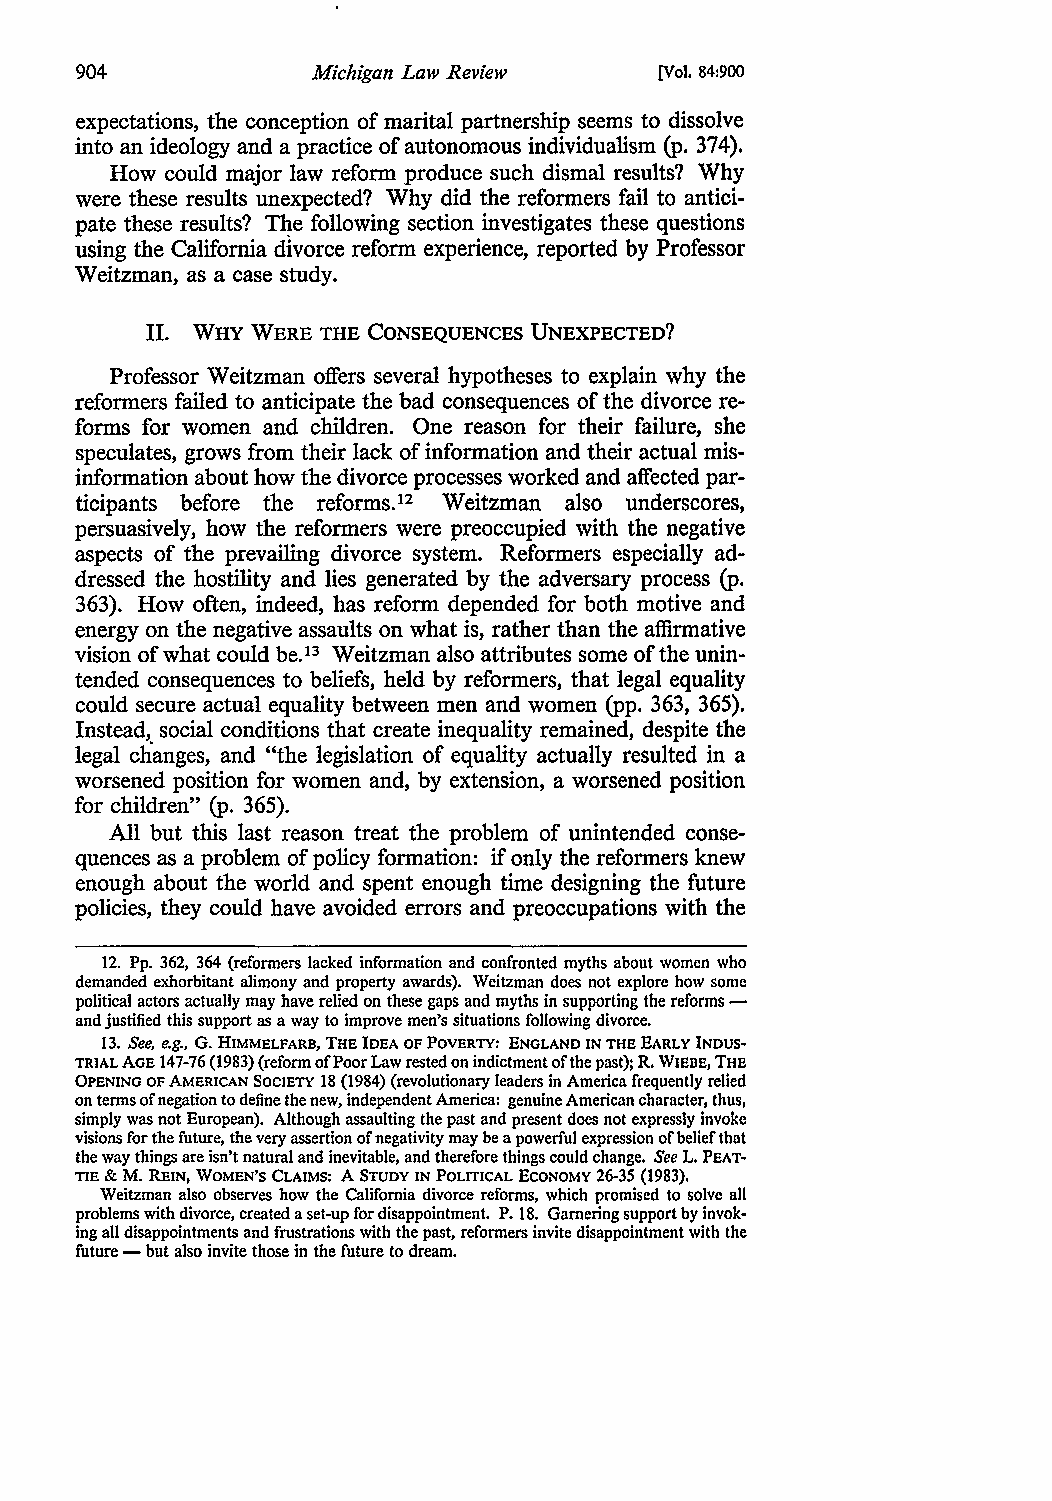
904             Michigan Law Review    [Vol. 84:900
 expectations, the conception of marital partnership seems to dissolve
 into an ideology and a practice of autonomous individualism (p. 374).
 How could major law reform produce such dismal results? Why
 were these results unexpected? Why did the reformers fail to antici
 pate these results? TI!e following section investigates these questions
 using the California divorce reform experience, reported by Professor
 Weitzman, as a case study.
 II. WHY WERE THE CONSEQUENCES UNEXPECTED?
 Professor Weitzman offers several hypotheses to explain why the
 reformers failed to anticipate the bad consequences of the divorce re
 forms for women and children. One reason for their failure, she
 speculates, grows from their lack of information and their actual mis
 information about how the divorce processes worked and affected par
 ticipants before the reforms.12 Weitzman also underscores,
 persuasively, how the reformers were preoccupied with the negative
 aspects of the prevailing divorce system. Reformers especially ad
 dressed the hostility and lies generated by the adversary process (p.
 363). How often, indeed, has reform depended for both motive and
 energy on the negative assaults on what is, rather than the affirmative
 vision of what could be.13 Weitzman also attributes some of the unin
 tended consequences to beliefs, held by reformers, that legal equality
 could secure actual equality between men and women (pp. 363, 365).
 Instead, social conditions that create inequality remained, despite the
 legal changes, and "the legislation of equality actually resulted in a
 worsened position for women and, by extension, a worsened position
 for children" (p. 365).
 All but this last reason treat the problem of unintended conse
 quences as a problem of policy formation: if only the reformers knew
 enough about the world and spent enough time designing the future
 policies, they could have avoided errors and preoccupations with the
 12. Pp. 362, 364 (reformers lacked information and confronted myths about women who
 demanded exhorbitant alimony and property awards). Weitzman does not explore how some
 political actors actually may have relied on these gaps and myths in supporting the reforms -
 and justified this support as a way to improve men's situations following divorce.
 13. See, e.g., G. HIMMELFARB, THE IDEA OF POVERTY: ENGLAND IN THE EARLY INDUS·
 TRIAL AGE 147-76 (1983) (reform of Poor Law rested on indictment of the past); R. Wll!BE, THE
 OPENING OF AMERICAN SOCIETY 18 (1984) (revolutionary leaders in America frequently relied
 on terms of negation to define the new, independent America: genuine American character, thus,
 simply was not European). Although assaulting the past and present does not expressly invoke
 visions for the future, the very assertion of negativity may be a powerful expression of belief that
 the way things are isn't natural and inevitable, and therefore things could change. See L. PEAT·
 TIE & M. REIN, WOMEN'S CLAIMS: A STUDY IN POLITICAL ECONOMY 26-35 (1983).
 Weitzman also observes how the California divorce reforms, which promised to solve all
 problems with divorce, created a set-up for disappointment. P. 18. Garnering support by invok·
 ing all disappointments and frustrations with the past, reformers invite disappointment with the
 future - but also invite those in the future to dream.